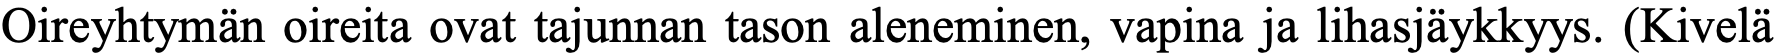
Oireyhtymän oireita ovat tajunnan tason aleneminen, vapina ja lihasjäykkyys. (Kivelä